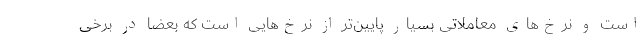
است و نرخ‌های معاملاتی بسیار پایین‌تر از نرخ‌هایی است که بعضا در برخی